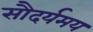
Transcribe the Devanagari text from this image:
सौदर्यमय